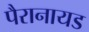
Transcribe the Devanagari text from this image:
पैरानायड